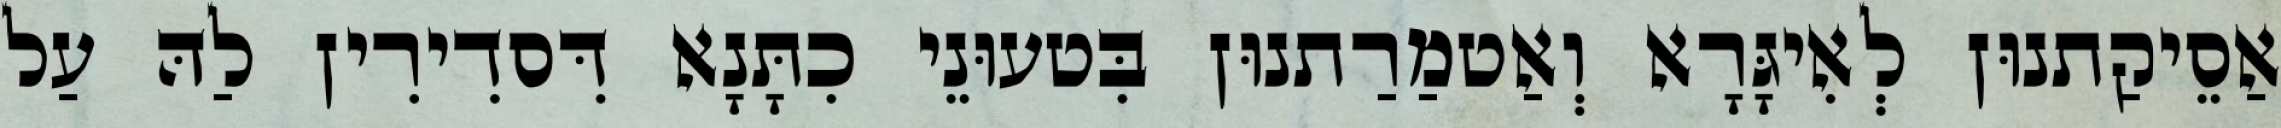
אַסֵיקַתנוּן לְאִיגָּרָא וְאַטמַרַתנוּן בִּטעוּנֵי כִתָּנָא דִּסדִירִין לַהּ עַל